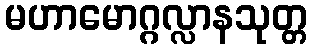
မဟာမောဂ္ဂလ္လာနသုတ္တ